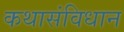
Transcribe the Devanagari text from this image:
कथासंविधान